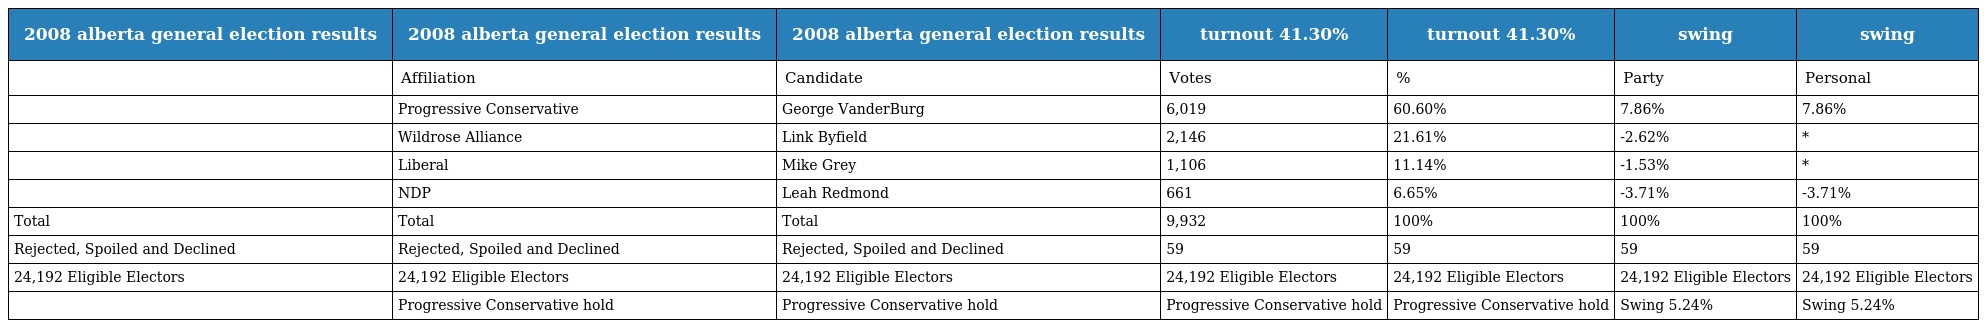
| 2008 alberta general election results | 2008 alberta general election results | 2008 alberta general election results | turnout 41.30% | turnout 41.30% | swing | swing |
 | --- | --- | --- | --- | --- | --- | --- |
 |  | Affiliation | Candidate | Votes | % | Party | Personal |
 |  | Progressive Conservative | George VanderBurg | 6,019 | 60.60% | 7.86% | 7.86% |
 |  | Wildrose Alliance | Link Byfield | 2,146 | 21.61% | -2.62% | * |
 |  | Liberal | Mike Grey | 1,106 | 11.14% | -1.53% | * |
 |  | NDP | Leah Redmond | 661 | 6.65% | -3.71% | -3.71% |
 | Total | Total | Total | 9,932 | 100% | 100% | 100% |
 | Rejected, Spoiled and Declined | Rejected, Spoiled and Declined | Rejected, Spoiled and Declined | 59 | 59 | 59 | 59 |
 | 24,192 Eligible Electors | 24,192 Eligible Electors | 24,192 Eligible Electors | 24,192 Eligible Electors | 24,192 Eligible Electors | 24,192 Eligible Electors | 24,192 Eligible Electors |
 |  | Progressive Conservative hold | Progressive Conservative hold | Progressive Conservative hold | Progressive Conservative hold | Swing 5.24% | Swing 5.24% |